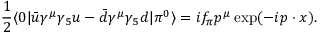
{ \frac { 1 } { 2 } } \langle 0 | \bar { u } \gamma ^ { \mu } \gamma _ { 5 } u - \bar { d } \gamma ^ { \mu } \gamma _ { 5 } d | \pi ^ { 0 } \rangle = i f _ { \pi } p ^ { \mu } \exp ( - i p \cdot x ) .